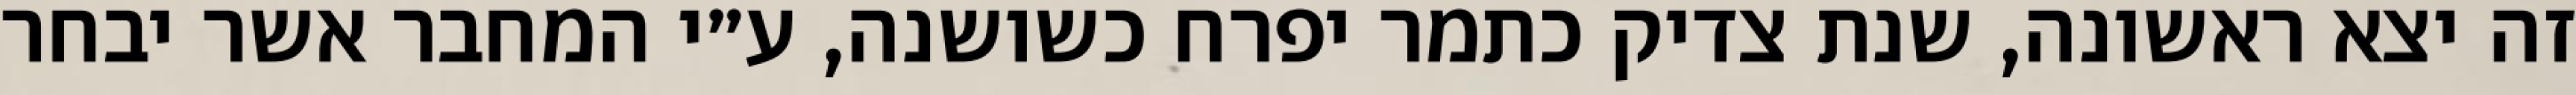
זה יצא ראשונה, שנת צדיק כתמר יפרח כשושנה, ע״י המחבר אשר יבחר